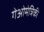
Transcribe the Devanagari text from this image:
गेओमेत्रिकी